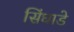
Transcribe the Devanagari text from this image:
सिंघाडे